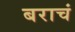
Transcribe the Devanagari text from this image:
बराचं